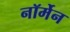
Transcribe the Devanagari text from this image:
नॉर्मेन